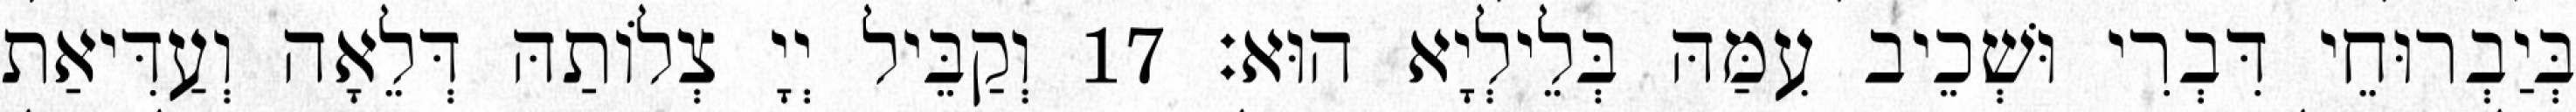
בְּיַבְרוּחֵי דִּבְרִי וּשְׁכֵיב עִמַּהּ בְּלֵילְיָא הוּא׃ 17 וְקַבֵּיל יְיָ צְלוֹתַהּ דְּלֵאָה וְעַדִּיאַת